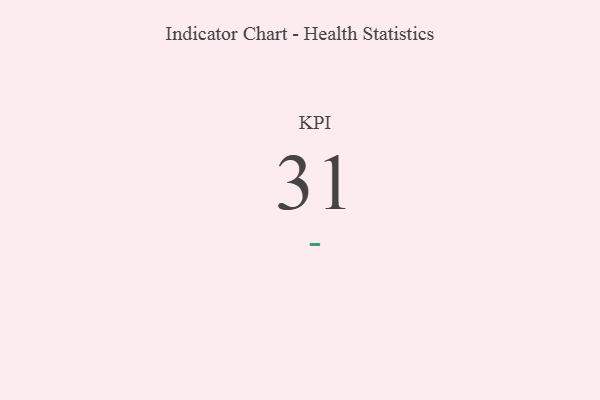
{"axis": {"x": "KPI", "y": "Value"}, "legend": [""], "data": [{"x": "KPI", "y": 31, "type": ""}]}